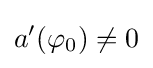
a'(\varphi _{0})\neq 0